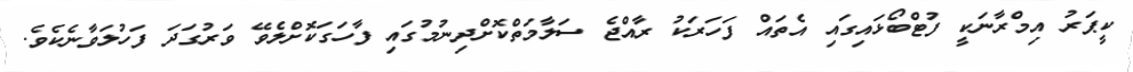
ކީޕަރު އިމްރާނަކީ ފުޓްބޯޅައިގައި އެތައް ފަހަރަކު ރާއްޖެ ސަލާމަތްކޮށްދިނުމުގައި ފާހަގަކޮށްލެވޭ ވަރުގަދަ ފަހުލަވާނެކެވެ.